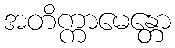
အတိက္ကာမေန္တော